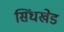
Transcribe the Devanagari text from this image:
सिंधखेड